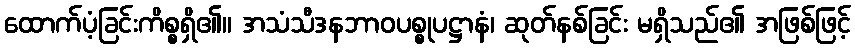
ထောက်ပံ့ခြင်းကိစ္စရှိ၏။ အသံသီဒနဘာဝပစ္စုပဋ္ဌာနံ၊ ဆုတ်နစ်ခြင်း မရှိသည်၏ အဖြစ်ဖြင့်